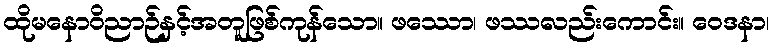
ထိုမနောဝိညာဉ်နှင့်အတူဖြစ်ကုန်သော။ ဖဿော၊ ဖဿလည်းကောင်း။ ဝေဒနာ၊